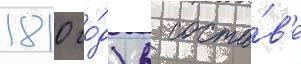
1810 го́д) в соста́в'е